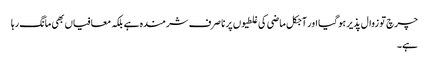
چرچ تو زوال پذیر ہو گیا اور آجکل ماضی کی غلطیوں پر نا صرف شرمندہ ہے بلکہ معافیاں بھی مانگ رہا
ہے۔